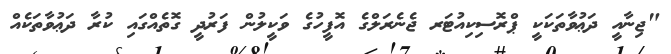
"ޖިނާއީ ދަޢުވާތަކަކީ ޕްރޮސިކިއުޓަރ ޖެނެރަލްގެ އޮފީހުގެ ވަކީލުން ފަރުދީ ގޮތެއްގައި ކުރާ ދަޢުވާތަކެއް